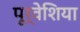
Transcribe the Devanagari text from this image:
पूर्वेशिया